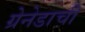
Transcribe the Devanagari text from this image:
ग्रेनेडाची